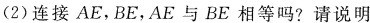
(2)连接AE，BE，AE与BE相等吗?请说明